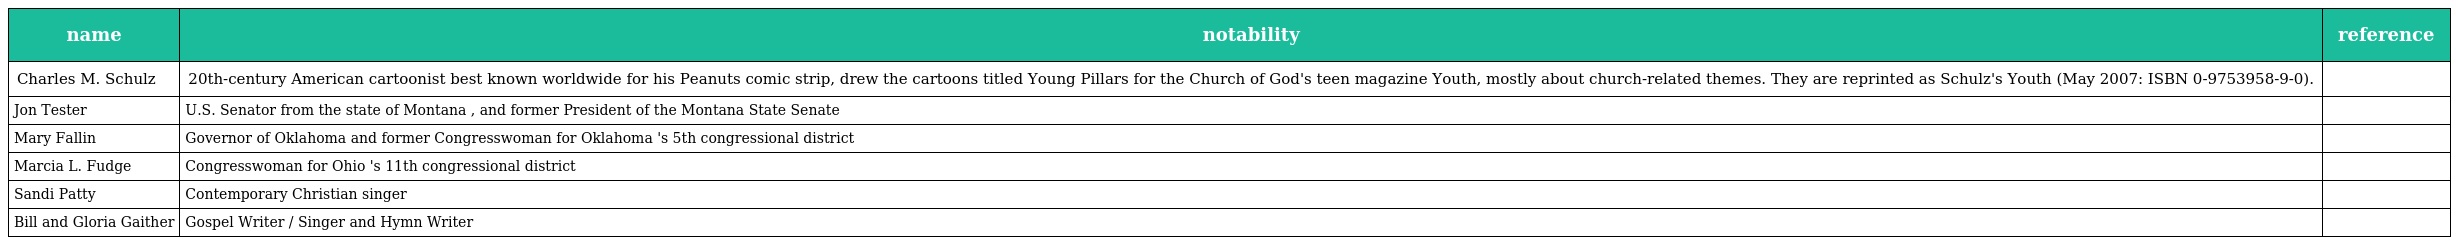
| name | notability | reference |
 | --- | --- | --- |
 | Charles M. Schulz | 20th-century American cartoonist best known worldwide for his Peanuts comic strip, drew the cartoons titled Young Pillars for the Church of God's teen magazine Youth, mostly about church-related themes. They are reprinted as Schulz's Youth (May 2007: ISBN 0-9753958-9-0). |  |
 | Jon Tester | U.S. Senator from the state of Montana , and former President of the Montana State Senate |  |
 | Mary Fallin | Governor of Oklahoma and former Congresswoman for Oklahoma 's 5th congressional district |  |
 | Marcia L. Fudge | Congresswoman for Ohio 's 11th congressional district |  |
 | Sandi Patty | Contemporary Christian singer |  |
 | Bill and Gloria Gaither | Gospel Writer / Singer and Hymn Writer |  |